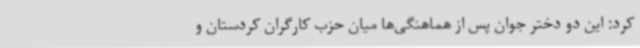
کرد: این دو دختر جوان پس از هماهنگی‌ها میان حزب کارگران کردستان و